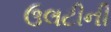
ઉલટીની